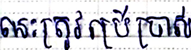
នេះត្រូវប្រើប្រាស់